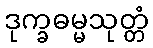
ဒုက္ခဓမ္မသုတ္တံ